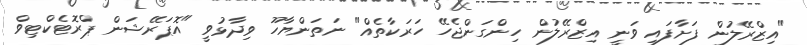
"އިޒްރޭލުން ފަށާފައި ވަނީ އިޒްރޭލުން ހިންގަންޖެހޭ ހަރަކާތެއް" ނަތަންޔާހޫ ވިދާޅުވީ "އޮޕަރޭޝަން ޕްރޮޓެކްޓިވް